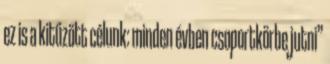
ez is a kitűzött célunk: minden évben csoportkörbe jutni”